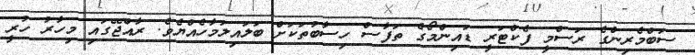
ސަބްމެރިންގެ ރަސްމީ ފެކްޓަރީ ޑައިންމޯގެ ތަފާސް ހިސާބުތަކަށް ބަލައިލަމާހެއްޔެވެ. ރާއްޖޭގައި މިހާރު ހުރީ